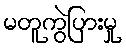
မတူကွဲပြားမှု